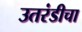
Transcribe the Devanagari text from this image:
उतरंडीचा